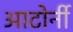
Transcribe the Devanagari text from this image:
आटोर्नी